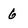
Character: 6